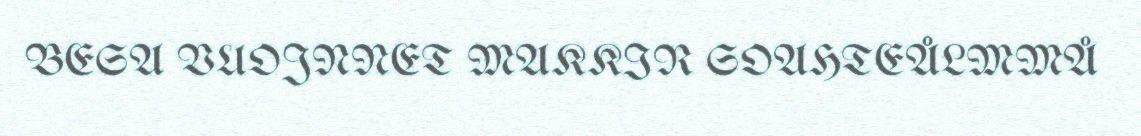
BESA VUOJNNET MAKKIR SOAHTEÅLMMÅ